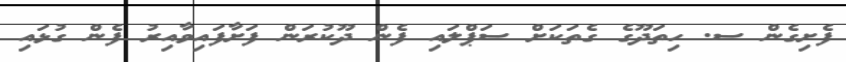
ފެށިގެން ސ. ހިތަދޫގެ ގެތަކަށް ސަޕްލައި ފެން ދޫކުރަން ފަށާފައިވާއިރު ފެން ގުޅައި